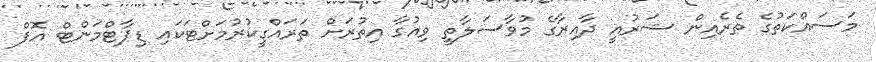
މަސައްކަތުގެ ތެރެއިން ޝަރުއީ ދާއިރާގެ މުވާސަލާތީ ވިއުގާ އިތުރަށް ތަރައްގީކުރުމަށްޓަކައި ޑިޕާޓްމަންޓް އޮފް